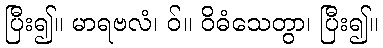
ပြီး၍။ မာရဗလံ၊ ဝ်။ ဝိဓံသေတွာ၊ ပြီး၍။